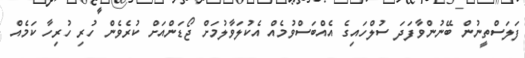
ފަލަސްތީނުން ބޭނުންވާފަދަ ސުލްހައިގެ އެއްބަސްވުމެއް އެކުލަވާލުމަށް ޖޯޑަންއަށް ކުރެވެން ހުރި ހުރިހާ ކަމެއް